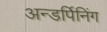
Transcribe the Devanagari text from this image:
अन्डर्पिनिंग